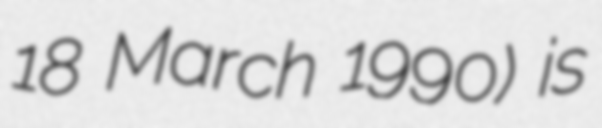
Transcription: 18 March 1990) is